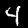
Label: 4